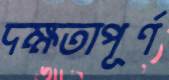
দক্ষতাপূর্ণ